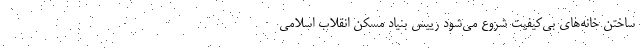
ساختن خانه‌های بی‌کیفیت شروع می‌شود رییس بنیاد مسکن انقلاب اسلامی